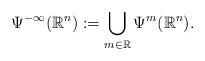
LaTeX: \begin{align*}\Psi^{-\infty}(\mathbb{R}^n) := \bigcup_{m\in \mathbb{R}} \Psi^m(\mathbb{R}^n).\end{align*}